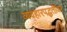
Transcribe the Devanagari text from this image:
व्यवहारपद्धतींवर